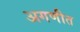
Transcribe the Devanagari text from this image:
अगणीत